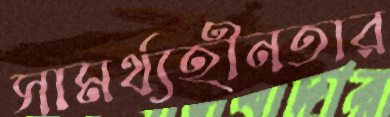
সামর্থ্যহীনতার